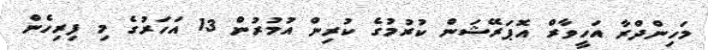
މަހިންދްރާ އަހީވާރް އޮޕަރޭޝަން ކުރުމުގެ ކުރިން އުމުރުން 13 އަހަރުގެ މި ފިރިހެން